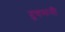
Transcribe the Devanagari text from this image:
दुषमनी